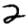
Digit: 2